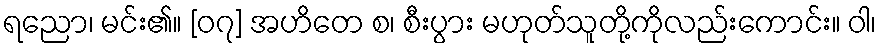
ရညော၊ မင်း၏။ [၀၇] အဟိတေ စ၊ စီးပွား မဟုတ်သူတို့ကိုလည်းကောင်း။ ဝါ၊